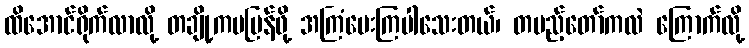
ထိအောင်ရိုက်လာလို့ တချို့ကမပြန်ဖို့ အကြံပေးကြပါသေးတယ်၊ တပည့်တော်ကလဲ ကြောက်လို့